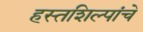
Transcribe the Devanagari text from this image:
हस्तशिल्पांचे